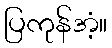
ပြကုန်အံ့။